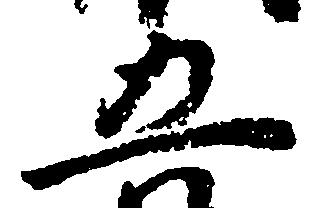
五